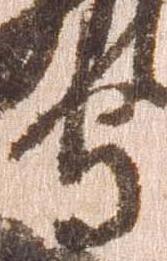
守